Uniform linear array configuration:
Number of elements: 48
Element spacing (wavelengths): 0.75
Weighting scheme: cosine
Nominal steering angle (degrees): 45
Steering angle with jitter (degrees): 43.913
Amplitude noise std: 0.05
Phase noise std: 0.05

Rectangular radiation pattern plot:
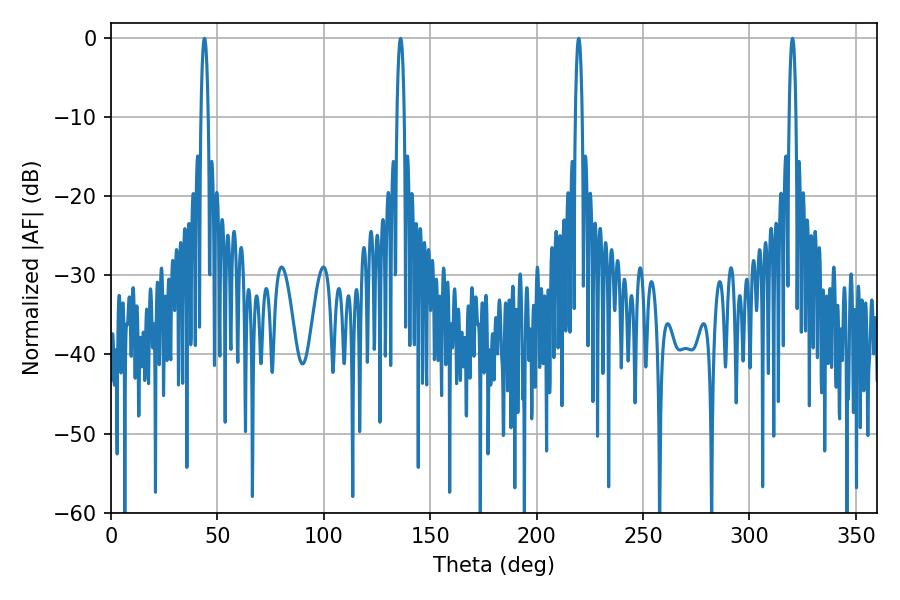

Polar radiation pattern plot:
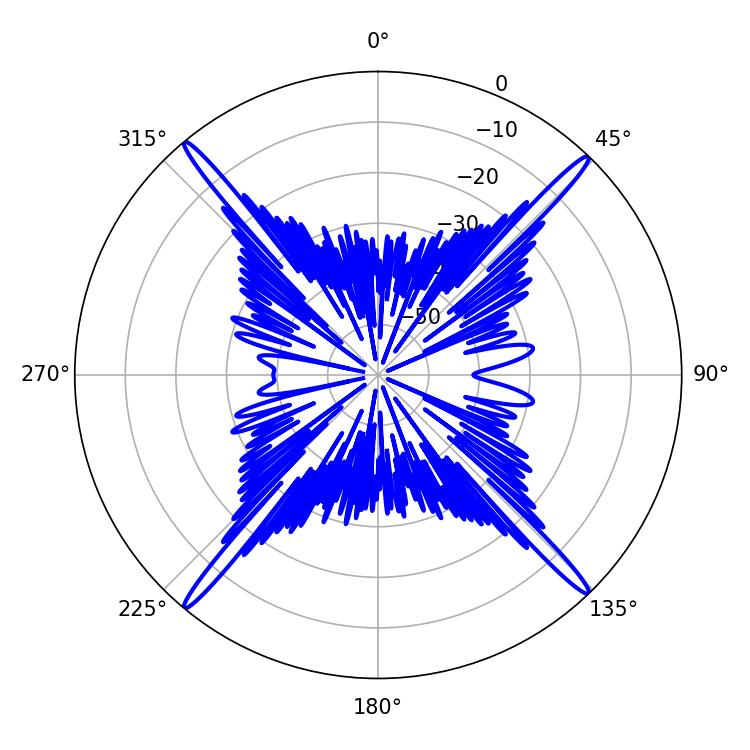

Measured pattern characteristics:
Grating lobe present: TRUE
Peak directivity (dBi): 24.323
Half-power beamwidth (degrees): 1.8
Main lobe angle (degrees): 43.92